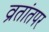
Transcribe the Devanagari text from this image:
व्रतांतपर